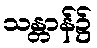
သန္တာန်၌